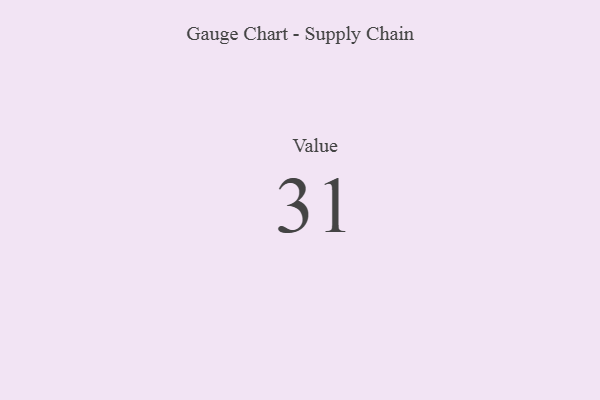
{"axis": {"x": "Metric", "y": "Value"}, "legend": [""], "data": [{"x": "Value", "y": 31, "type": ""}]}